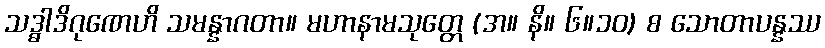
သဒ္ဓါဒိဂုဏေဟိ သမန္နာဂတာ။ မဟာနာမသုတ္တေ (အ။ နိ။ ၆။၁၀) စ သောတာပန္နဿ